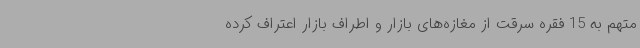
متهم به 15 فقره سرقت از مغازه‌های بازار و اطراف بازار اعتراف کرده